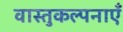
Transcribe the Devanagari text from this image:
वास्तुकल्पनाएँ